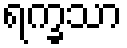
ရက္ခသာ